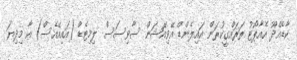
ކާޑެއްދޫ އެއާޕޯޓު ތަރައްގީކުރަން އައިލެންޑް އޭވިއޭޝަން ސާވިސަސް ލިމިޓެޑް (އައިއޭއެސް) އާ މިދިޔަ